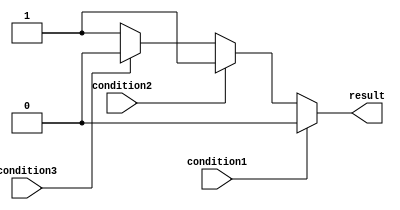
module if_else_ladder (
    input wire condition1,
    input wire condition2,
    input wire condition3,
    output reg result
);

always @* begin
    if (condition1) begin
        // Code block for condition1
        result <= 1'b0;
    end
    else if (condition2) begin
        // Code block for condition2
        result <= 1'b1;
    end
    else if (condition3) begin
        // Code block for condition3
        result <= 1'b0;
    end
    else begin
        // Code block for default condition
        result <= 1'b1;
    end
end

endmodule